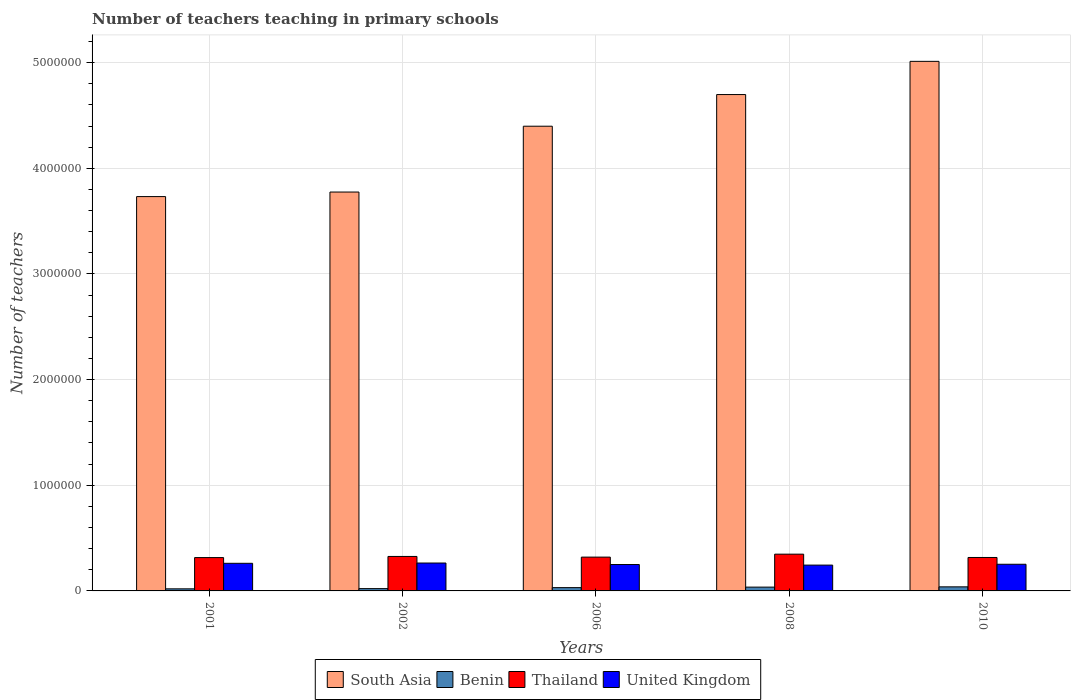
| Years | South Asia | Benin | Thailand | United Kingdom |
 | --- | --- | --- | --- | --- |
 | 2001 | 3.73e+06 | 1.97e+04 | 3.16e+05 | 2.61e+05 |
 | 2002 | 3.78e+06 | 2.18e+04 | 3.26e+05 | 2.64e+05 |
 | 2006 | 4.4e+06 | 3.11e+04 | 3.2e+05 | 2.5e+05 |
 | 2008 | 4.7e+06 | 3.59e+04 | 3.48e+05 | 2.44e+05 |
 | 2010 | 5.01e+06 | 3.85e+04 | 3.17e+05 | 2.52e+05 |